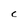
Character: C